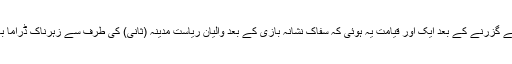
قیامت صغریٰ کے گزرنے کے بعد ایک اور قیامت یہ ہوئی کہ سفاک نشانہ بازی کے بعد والیانِ ریاستِ مدینہ (ثانی) کی طرف سے زہرناک ڈراما بازی شروع ہوئی۔